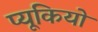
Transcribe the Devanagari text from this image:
प्यूकियो